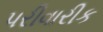
પરીવારીક